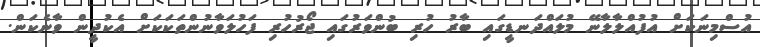
އުސްމިނަކަށް އުފުއްލާލާނޭ މުލައްދަނޑީގައި ބާރު ހުރި ބުންވަރުގައި ޖޯރުހުރި ފަހުލަވާނުންތަކަކަށް އެކުދީން ވާނެކަން.